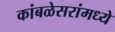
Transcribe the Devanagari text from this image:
कांबळेसरांमध्ये